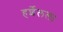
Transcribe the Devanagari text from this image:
हर्शेलला